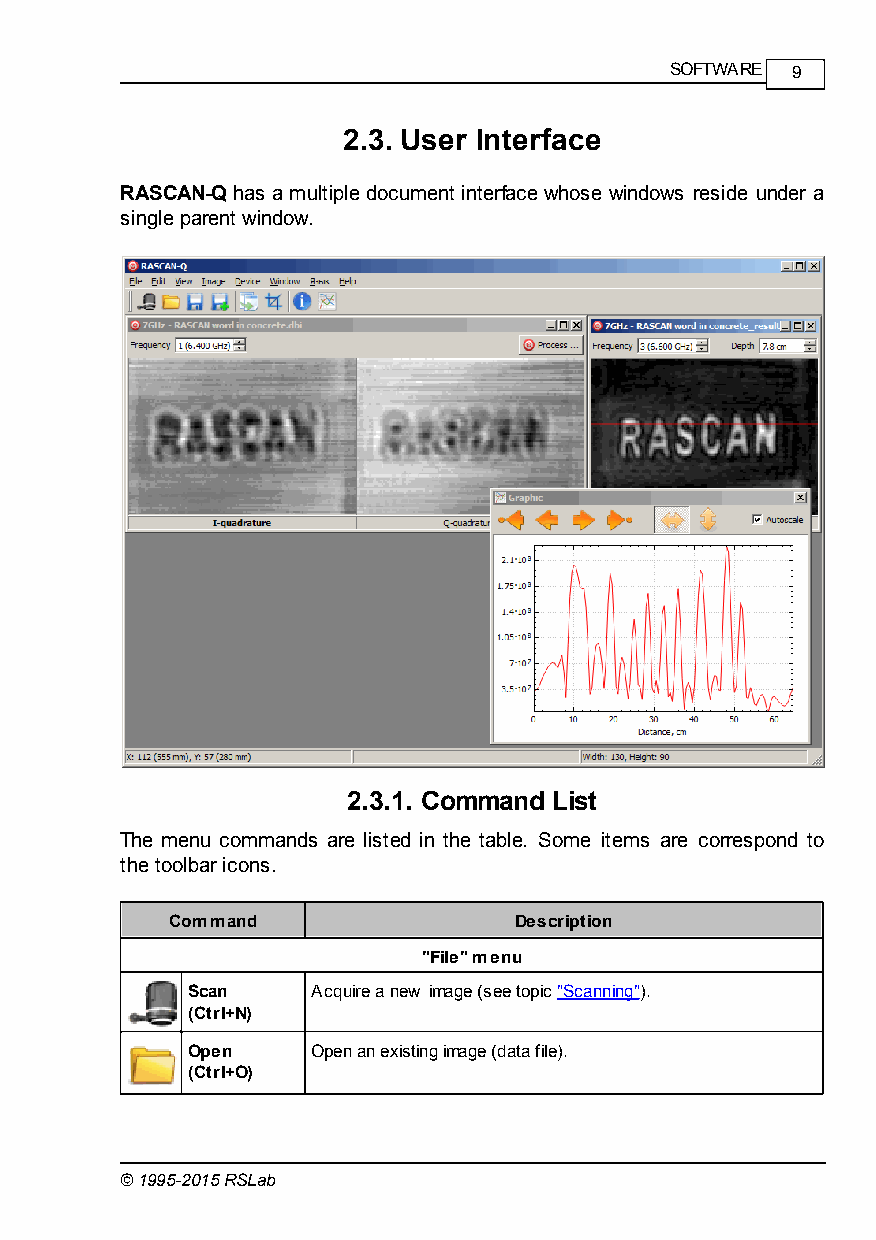
SOFTWARE 9
 2.3. User Interface
 RASCAN-Q has a multiple document interface whose windows reside under a
 single parent window.
 2.3.1. Command List
 The menu commands are listed in the table. Some items are correspond to
 the toolbar icons.
 Command                Description
 "File" menu
 Scan     Acquire a new image (see topic "Scanning").
 (Ctrl+N)
 Open     Open an existing image (data file).
 (Ctrl+O)
 © 1995-2015 RSLab